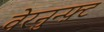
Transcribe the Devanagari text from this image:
वेरनुन्फ़्ट